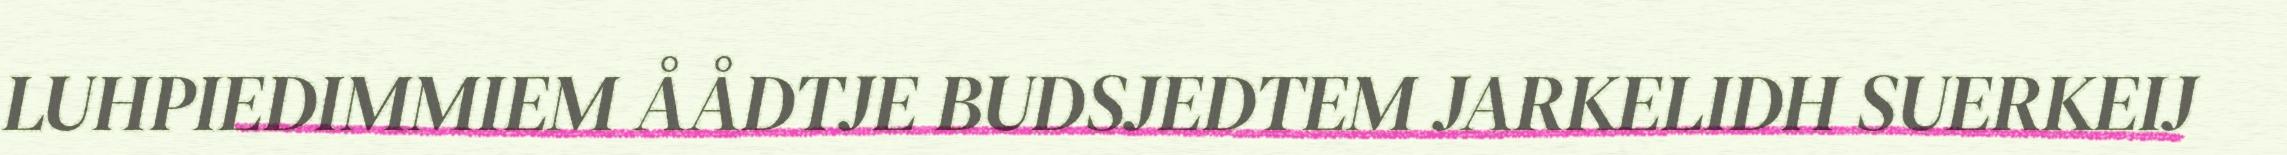
LUHPIEDIMMIEM ÅÅDTJE BUDSJEDTEM JARKELIDH SUERKEIJ